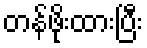
တန်ဖိုးထားပြီး